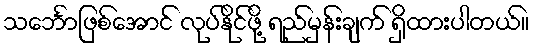
သင်္ဘောဖြစ်အောင် လုပ်နိုင်ဖို့ ရည်မှန်းချက် ရှိထားပါတယ်။